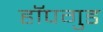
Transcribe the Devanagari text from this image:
हॉपगुड